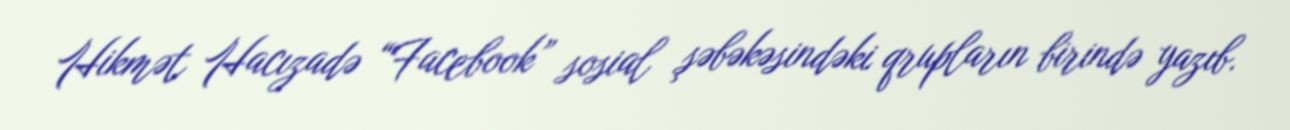
Hikmət Hacızadə “Facebook” sosial şəbəkəsindəki qrupların birində yazıb.